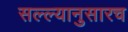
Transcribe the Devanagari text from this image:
सल्ल्यानुसारच